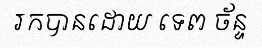
រកបានដោយ ទេព ច័ន្ទ